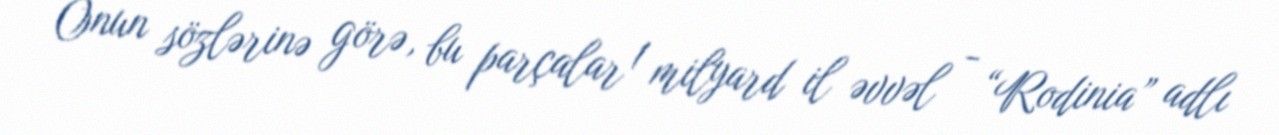
Onun sözlərinə görə, bu parçalar 1 milyard il əvvəl - “Rodinia” adlı